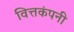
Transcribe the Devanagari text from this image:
वित्तकंपनी